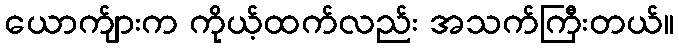
ယောက်ျားက ကိုယ့်ထက်လည်း အသက်ကြီးတယ်။